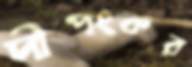
দীপংকর